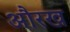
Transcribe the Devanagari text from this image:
औरख